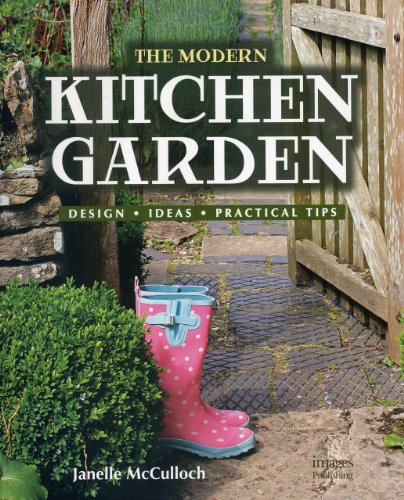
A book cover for The Modern Kitchen Garden: Design. Ideas. Practical Tips; Janelle McCulloch; Crafts, Hobbies & Home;